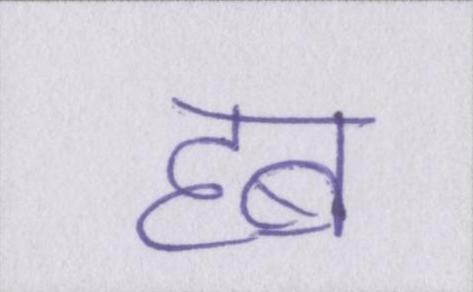
हब